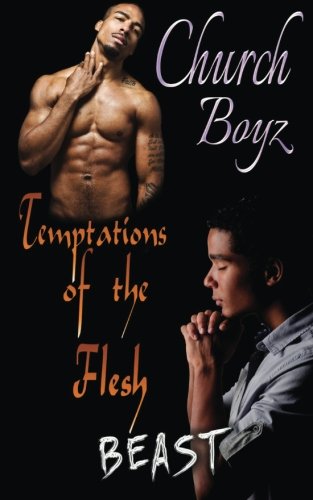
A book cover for Church Boyz: Temptations of the Flesh (Volume 1); Beast; Romance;